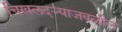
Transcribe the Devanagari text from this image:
चिखलदऱ्याजवळील